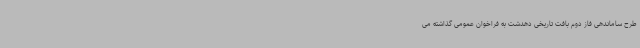
طرح ساماندهی فاز دوم بافت تاریخی دهدشت به فراخوان عمومی گذاشته می